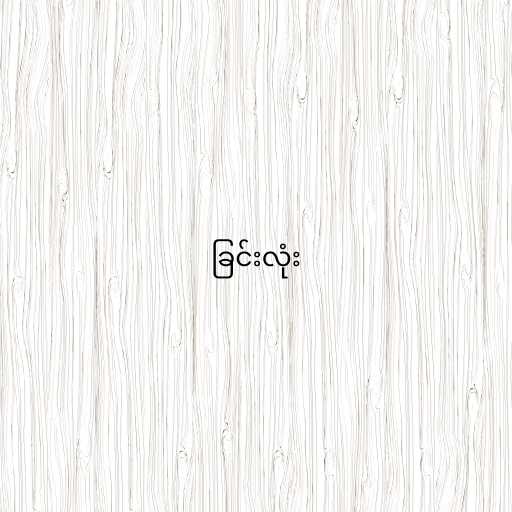
ခြင်းလုံး